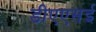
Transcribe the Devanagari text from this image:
डीएएसई